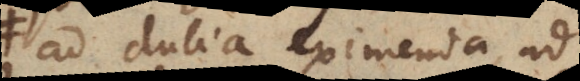
ad dubia eximenda, ad